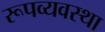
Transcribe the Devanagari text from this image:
रूपव्यवस्था